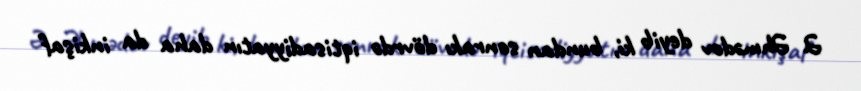
Ə. Əhmədov deyib ki, bundan sonrakı dövrdə iqtisadiyyatın daha da inkişaf